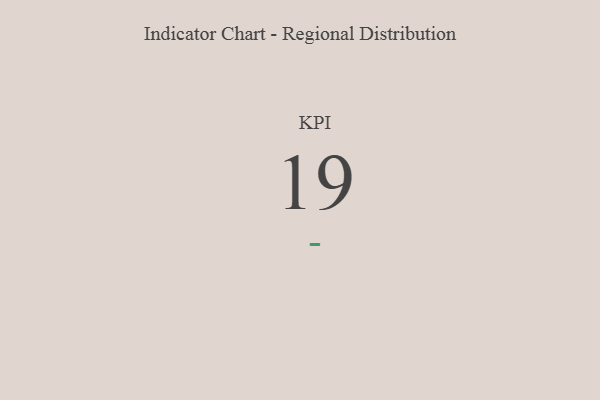
{"axis": {"x": "KPI", "y": "Value"}, "legend": [""], "data": [{"x": "KPI", "y": 19, "type": ""}]}